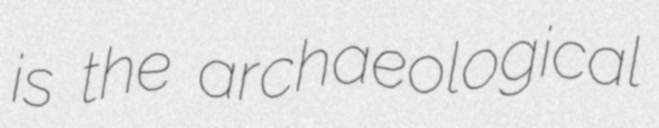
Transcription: is the archaeological